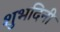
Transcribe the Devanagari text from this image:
शुभदिनीं